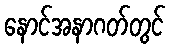
နောင်အနာဂတ်တွင်